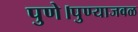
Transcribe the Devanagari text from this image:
पुणे।पुण्याजवळ